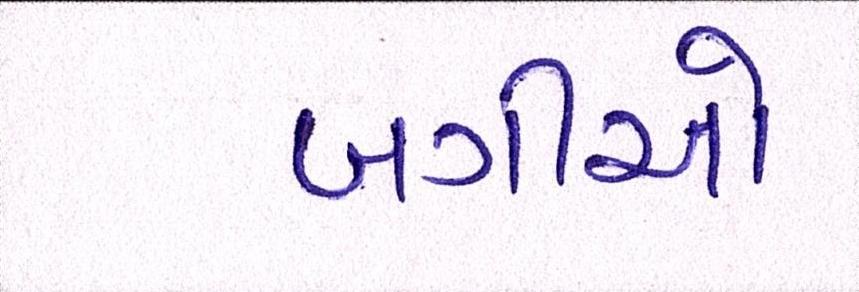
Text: બગીઓ